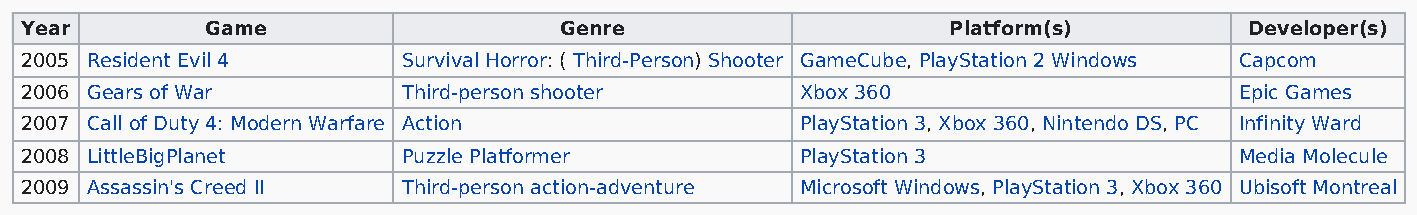
Year         Game                   Genre                     Platform(s)         Developer(s)
 2005 Resident Evil 4      Survival Horror: ( Third-Person) Shooter GameCube, PlayStation 2 Windows Capcom
 2006 Gears of War         Third-person shooter      Xbox 360                     Epic Games
 2007 Call of Duty 4: Modern Warfare Action          PlayStation 3, Xbox 360, Nintendo DS, PC Infinity Ward
 2008 LittleBigPlanet      Puzzle Platformer         PlayStation 3                Media Molecule
 2009 Assassin's Creed II  Third-person action-adventure Microsoft Windows, PlayStation 3, Xbox 360 Ubisoft Montreal